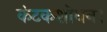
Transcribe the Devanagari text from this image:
कंटकशोधन।